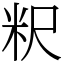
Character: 粎